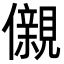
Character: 儭